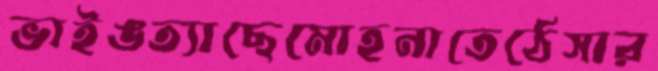
ভাইঙত্যাছেমোহনাতেঠেসার